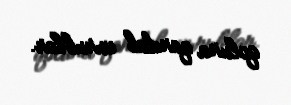
qoluna qandal vurublar.